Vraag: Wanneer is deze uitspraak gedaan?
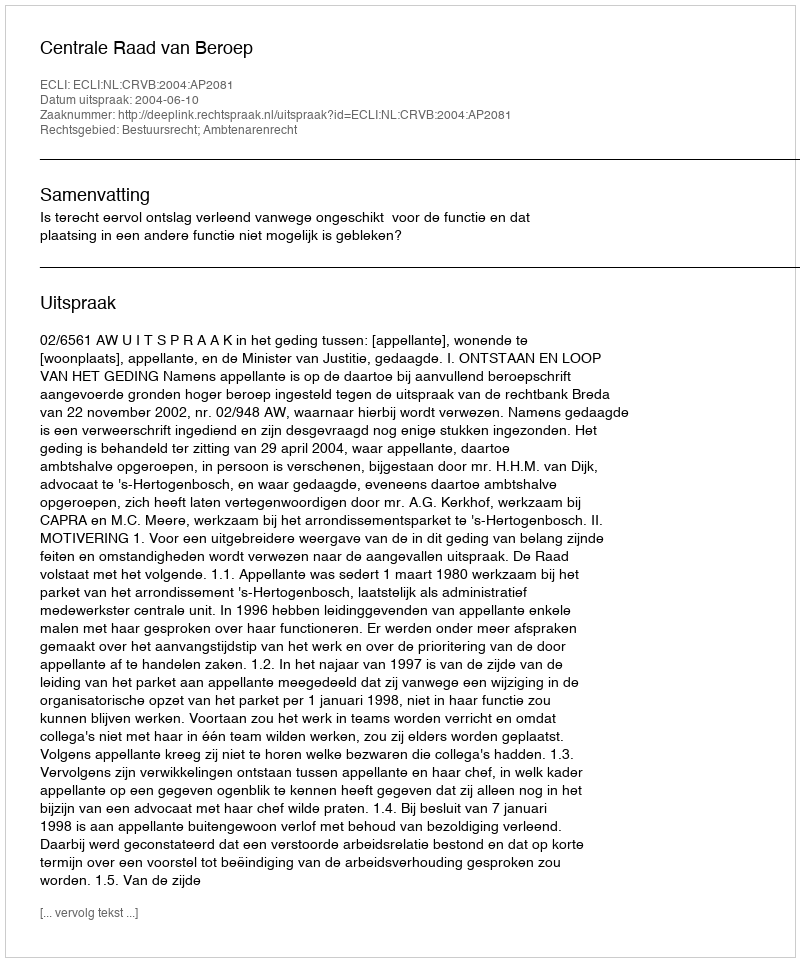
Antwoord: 2004-06-10